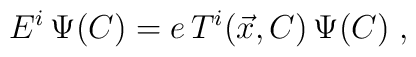
E^{i}\,\Psi (C)=e\,T^{i}(\vec{x},C)\,\Psi (C)\;,